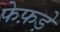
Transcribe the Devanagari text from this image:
फेफ़ड़े